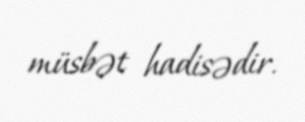
müsbət hadisədir.